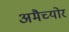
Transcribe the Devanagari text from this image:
अमैच्योर